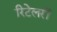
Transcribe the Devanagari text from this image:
रिटेलरों